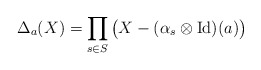
\begin{align*}\Delta_a(X) = \prod_{s\in S} \big(X-(\alpha_s\otimes \mathrm{Id})(a)\big)\end{align*}